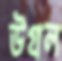
উগ্‌রল